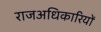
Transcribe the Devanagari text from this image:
राजअधिकारियों